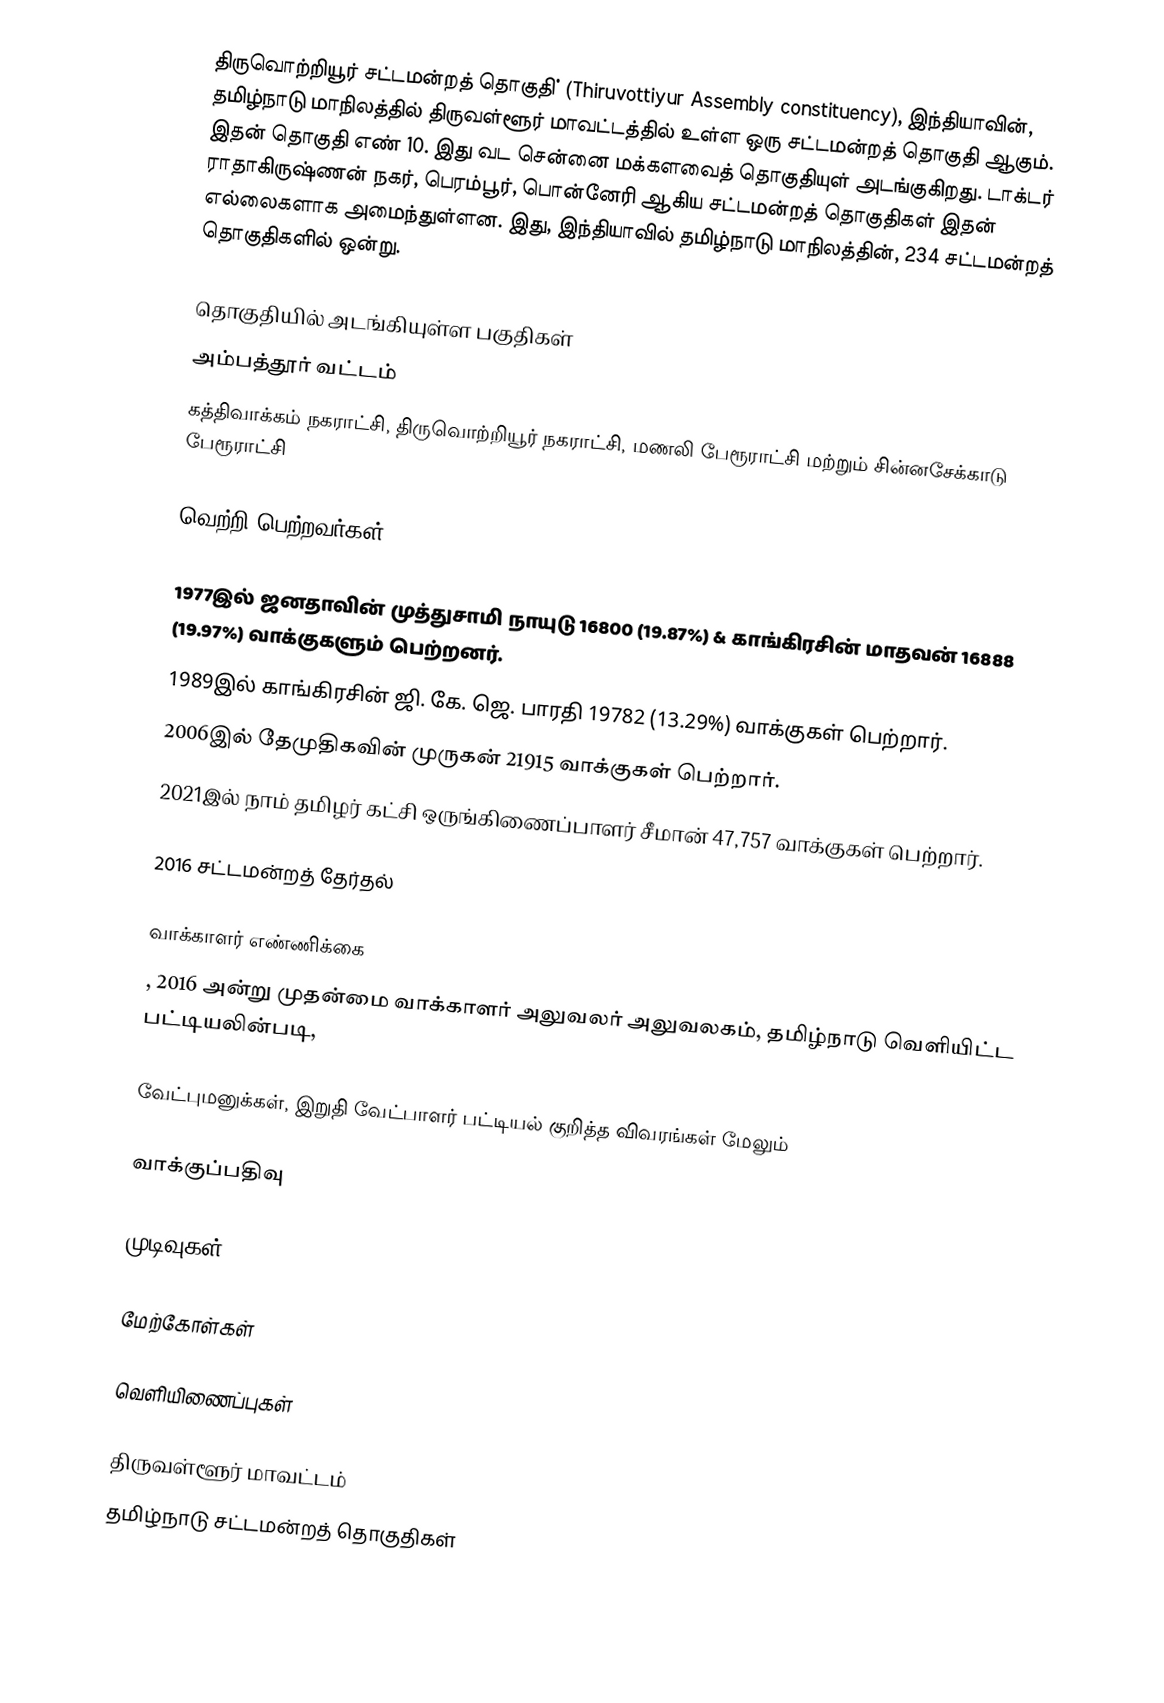
திருவொற்றியூர் சட்டமன்றத் தொகுதி் (Thiruvottiyur Assembly constituency), இந்தியாவின், தமிழ்நாடு மாநிலத்தில்  திருவள்ளூர் மாவட்டத்தில் உள்ள ஒரு சட்டமன்றத் தொகுதி ஆகும். இதன் தொகுதி எண் 10. இது வட சென்னை மக்களவைத் தொகுதியுள் அடங்குகிறது.  டாக்டர் ராதாகிருஷ்ணன் நகர், பெரம்பூர், பொன்னேரி ஆகிய சட்டமன்றத் தொகுதிகள் இதன் எல்லைகளாக அமைந்துள்ளன. இது, இந்தியாவில் தமிழ்நாடு மாநிலத்தின், 234 சட்டமன்றத் தொகுதிகளில் ஒன்று.

தொகுதியில் அடங்கியுள்ள பகுதிகள்
அம்பத்தூர் வட்டம்
கத்திவாக்கம் நகராட்சி, திருவொற்றியூர் நகராட்சி, மணலி பேரூராட்சி மற்றும் சின்னசேக்காடு பேரூராட்சி

வெற்றி பெற்றவர்கள்

1977இல் ஜனதாவின் முத்துசாமி நாயுடு 16800 (19.87%) & காங்கிரசின் மாதவன் 16888 (19.97%) வாக்குகளும் பெற்றனர்.
1989இல் காங்கிரசின் ஜி. கே. ஜெ. பாரதி 19782 (13.29%) வாக்குகள் பெற்றார்.
2006இல் தேமுதிகவின் முருகன் 21915 வாக்குகள் பெற்றார்.
2021இல் நாம் தமிழர் கட்சி ஒருங்கிணைப்பாளர் சீமான் 47,757 வாக்குகள் பெற்றார்.

2016 சட்டமன்றத் தேர்தல்

வாக்காளர் எண்ணிக்கை
, 2016 அன்று முதன்மை வாக்காளர் அலுவலர் அலுவலகம், தமிழ்நாடு வெளியிட்ட பட்டியலின்படி,

வேட்புமனுக்கள், இறுதி வேட்பாளர் பட்டியல் குறித்த விவரங்கள் மேலும்

வாக்குப்பதிவு

முடிவுகள்

மேற்கோள்கள்

வெளியிணைப்புகள்

திருவள்ளூர் மாவட்டம்
தமிழ்நாடு சட்டமன்றத் தொகுதிகள்